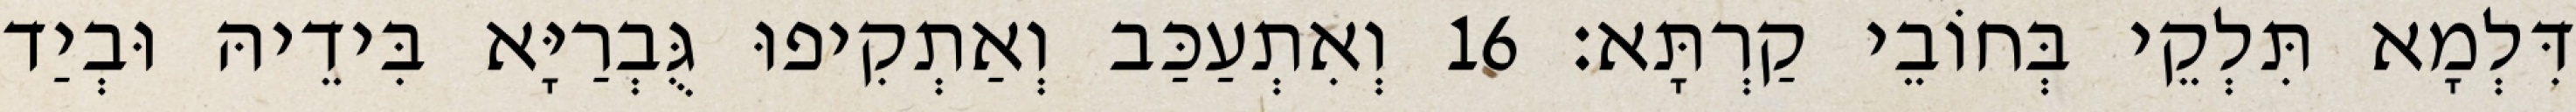
דִּלְמָא תִּלְקֵי בְּחוֹבֵי קַרְתָּא׃ 16 וְאִתְעַכַּב וְאַתְקִיפוּ גֻּבְרַיָּא בִּידֵיהּ וּבְיַד